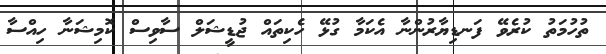
ތުހުމަތު ކުރެވޭ ފަނޑިޔާރުންނާ އެކަމާ ގުޅޭ ހެކިތައް ޖުޑީޝަލް ސާވިސް ކޮމިޝަނާ ހިއްސާ